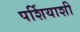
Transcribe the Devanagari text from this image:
पर्शियाशी